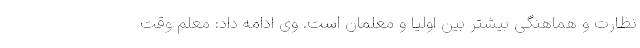
نظارت و هماهنگی بیشتر بین اولیا و معلمان است. وی ادامه داد: معلم وقت